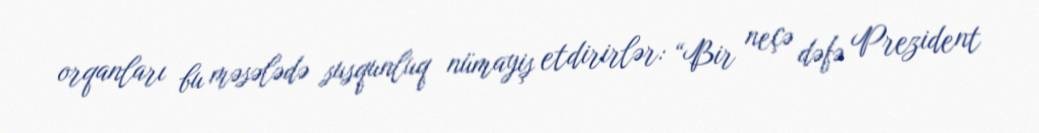
orqanları bu məsələdə susqunluq nümayiş etdirirlər: “Bir neçə dəfə Prezident